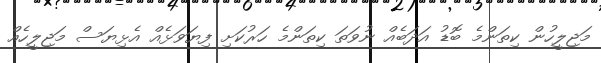
މަޖިލީހުން ކިތަންމެ ބޮޑު އަދަބެއް ނުވަތަ ކިތަންމެ ހަރުކަށި ފިޔަވަޅެއް އެޅިޔަސް މަޖިލީހެއް